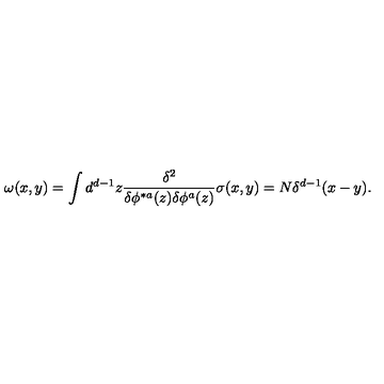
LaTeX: \omega ( x , y ) = \int d ^ { d - 1 } z { \frac { \delta ^ { 2 } } { \delta \phi ^ { * a } ( z ) \delta \phi ^ { a } ( z ) } } \sigma ( x , y ) = N \delta ^ { d - 1 } ( x - y ) .